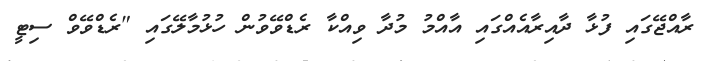
ރާއްޖޭގައި ފުޅާ ދާއިރާއެއްގައި އާއްމު މުދާ ވިއްކާ ރެޑްވޭވުން ހުޅުމާލޭގައި "ރެޑްވޭވް ސިޓީ